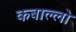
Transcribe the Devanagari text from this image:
कबाल्लो